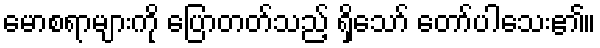
မောစရာများကို ပြောတတ်သည့် ရှိသော် တော်ပါသေး၏။